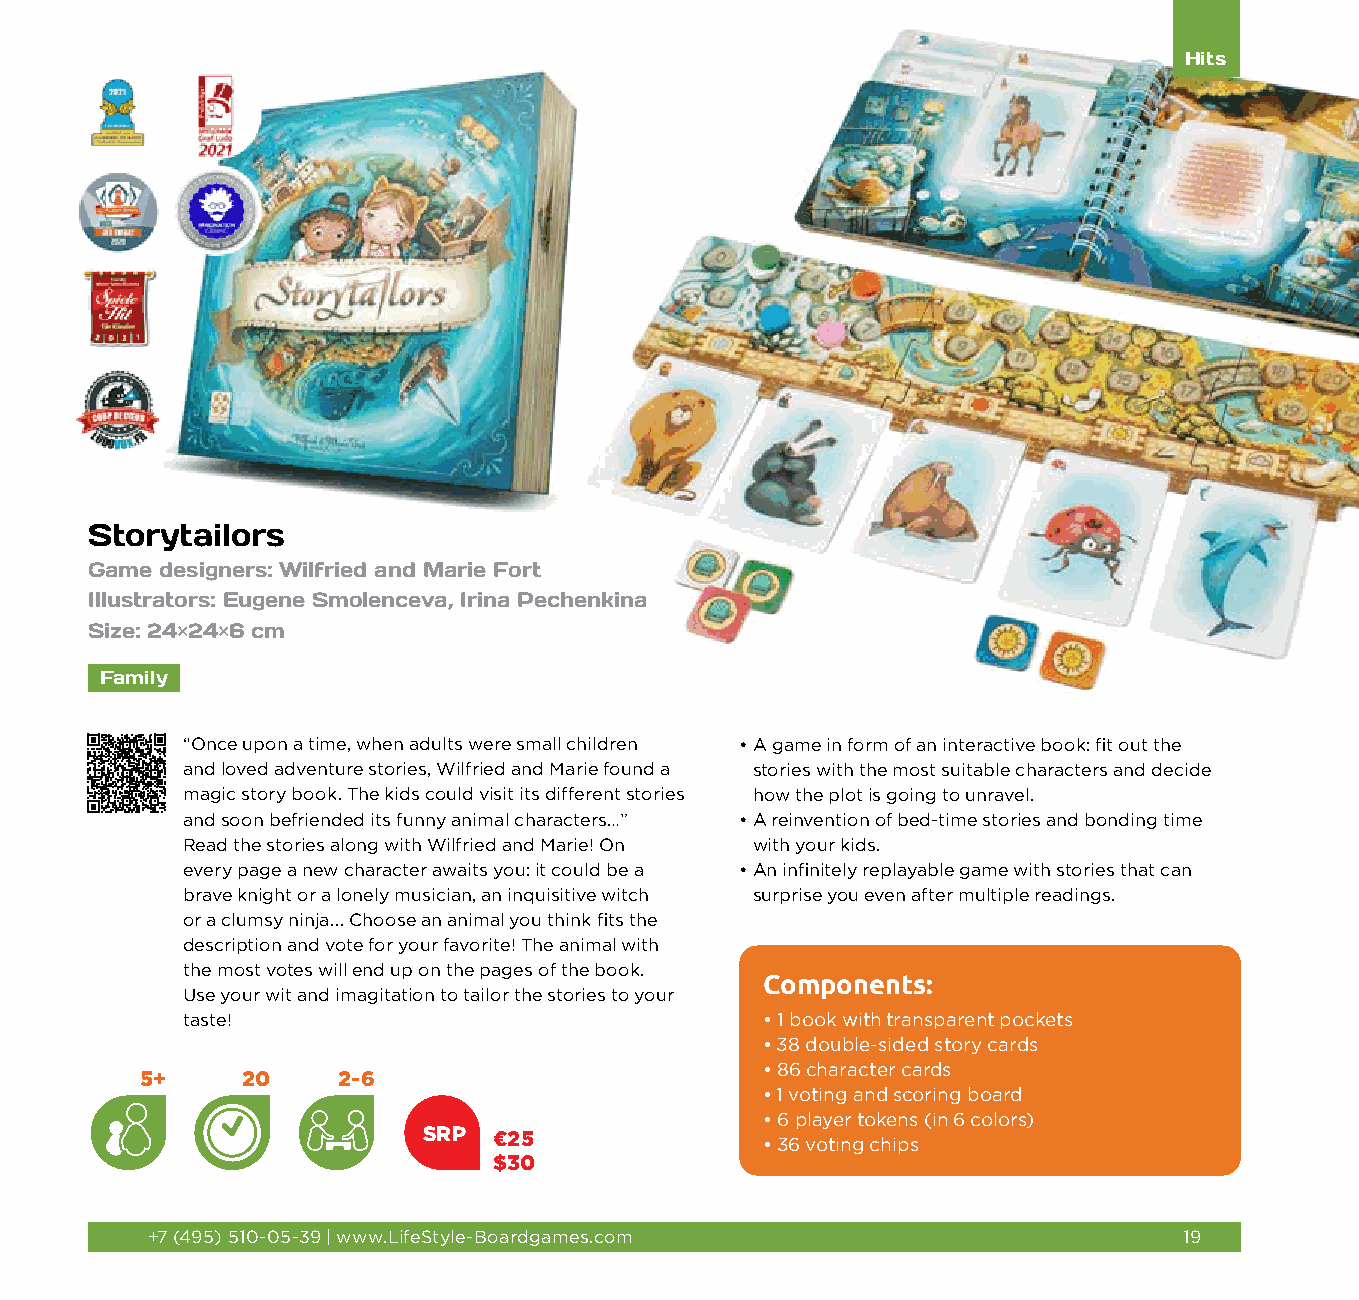
Hits
 Storytailors
 Game designers: Wilfried and Marie Fort
 Illustrators: Eugene Smolenceva, Irina Pechenkina
 Size: 24×24×6 cm
 Family
 “Once upon a time, when adults were small children • A game in form of an interactive book: fit out the
 and loved adventure stories, Wilfried and Marie found a stories with the most suitable characters and decide
 magic story book. The kids could visit its different stories how the plot is going to unravel.
 and soon befriended its funny animal characters…” • A reinvention of bed-time stories and bonding time
 Read the stories along with Wilfried and Marie! On with your kids.
 every page a new character awaits you: it could be a • A n infinitely replayable game with stories that can
 brave knight or a lonely musician, an inquisitive witch surprise you even after multiple readings.
 or a clumsy ninja... Choose an animal you think fits the
 description and vote for your favorite! The animal with
 the most votes will end up on the pages of the book.
 Components:
 Use your wit and imagitation to tailor the stories to your
 taste!                                • 1 book with transparent pockets
 • 38 double-sided story cards
 • 86 character cards
 5+     20    2-6
 • 1 voting and scoring board
 • 6 player tokens (in 6 colors)
 SRP  €25
 • 3 6 voting chips
 $30
 +7 (495) 510-05-39 | www.LifeStyle-Boardgames.com                   19